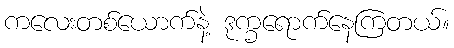
ကလေးတစ်ယောက်နဲ့ ဒုက္ခရောက်နေကြတယ်။